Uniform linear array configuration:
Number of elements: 16
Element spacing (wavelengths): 0.75
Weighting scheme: blackman
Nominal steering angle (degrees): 15
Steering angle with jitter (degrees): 15.95
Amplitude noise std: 0.05
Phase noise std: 0.05

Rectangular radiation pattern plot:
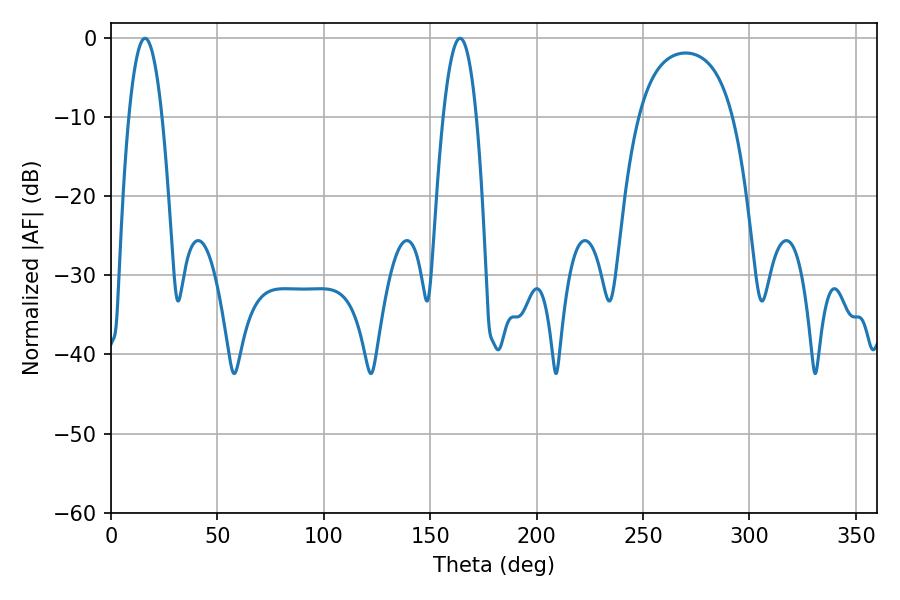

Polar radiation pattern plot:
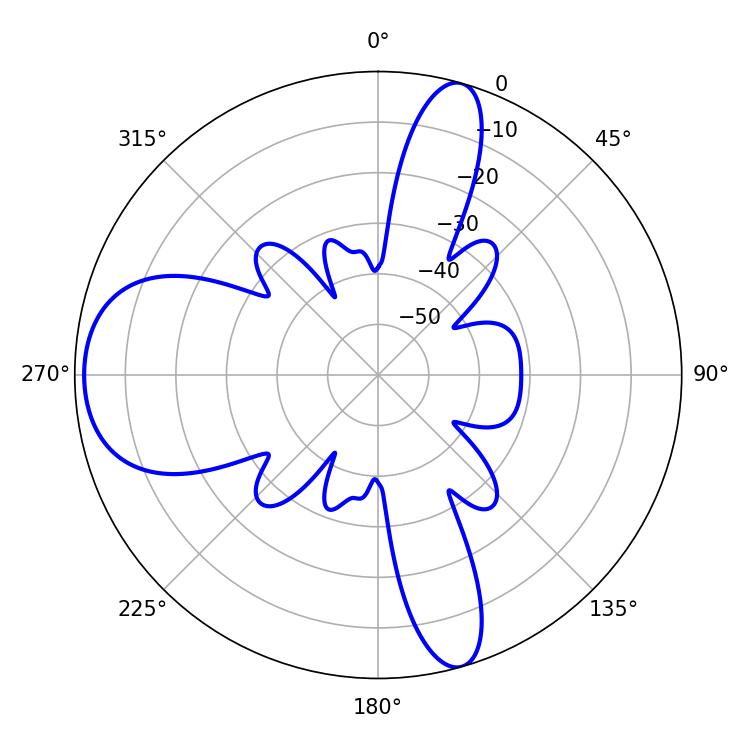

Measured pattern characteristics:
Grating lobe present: TRUE
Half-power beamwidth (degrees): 8.64
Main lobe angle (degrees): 16.02